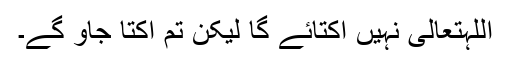
اللہتعالیٰ نہیں اکتائے گا لیکن تم اکتا جاؤ گے۔